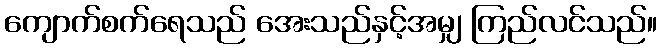
ကျောက်စက်ရေသည် အေးသည်နှင့်အမျှ ကြည်လင်သည်။